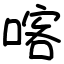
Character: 喀